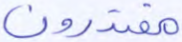
مقتدون